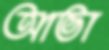
আভা